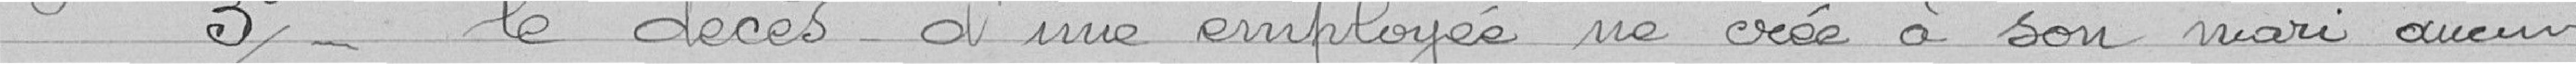
3° le décès d'une employée ne crée à son mari aucun